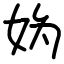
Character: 妫